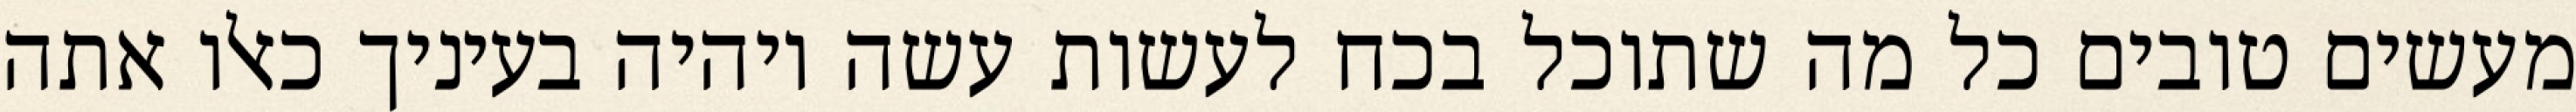
מעשים טובים כל מה שתוכל בכח לעשות עשה ויהיה בעיניך כאלו אתה